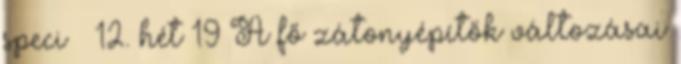
speci – 12. hét 19 A fő zátonyépítők változásai